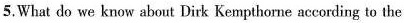
5.What do we know about Dirk Kempthorne accerding to the